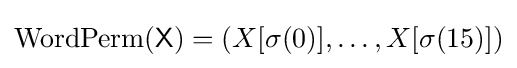
{\textrm {WordPerm}}({\textsf {X}})=(X[\sigma (0)],\ldots ,X[\sigma (15)])